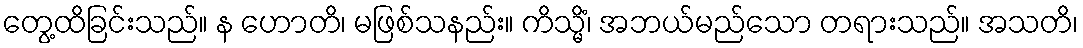
တွေ့ထိခြင်းသည်။ န ဟောတိ၊ မဖြစ်သနည်း။ ကိသ္မိံ၊ အဘယ်မည်သော တရားသည်။ အသတိ၊